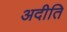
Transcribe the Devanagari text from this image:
अदीति